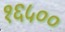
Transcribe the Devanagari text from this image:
१६५००